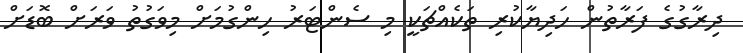
ދިރާގުގެ ފަރާތުން ހަދިޔާކުރި ތަކެއްޗަކީ މި ސެންޓަރު ހިންގުމަށް މިވަގުތު ވަރަށް ބޮޑަށް